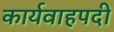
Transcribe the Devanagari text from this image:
कार्यवाहपदी